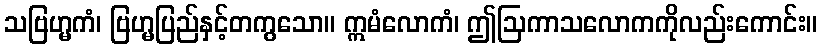
သဗြဟ္မကံ၊ ဗြဟ္မပြည်နှင့်တကွသော။ ဣမံလောကံ၊ ဤဩကာသလောကကိုလည်းကောင်း။